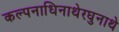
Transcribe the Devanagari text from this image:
कल्पनाधिनाथेरघुनाथे